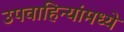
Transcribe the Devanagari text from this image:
उपवाहिन्यांमध्ये